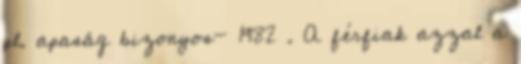
pl. apaság bizonyos- 1982 . A férﬁak azzal a